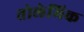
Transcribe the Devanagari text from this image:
तोलेमिक